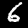
Digit: 6